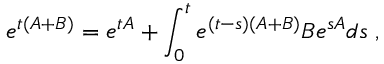
e ^ { t ( A + B ) } = e ^ { t A } + \int _ { 0 } ^ { t } e ^ { ( t - s ) ( A + B ) } B e ^ { s A } d s \; ,